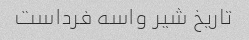
تاریخ شیر واسه فرداست